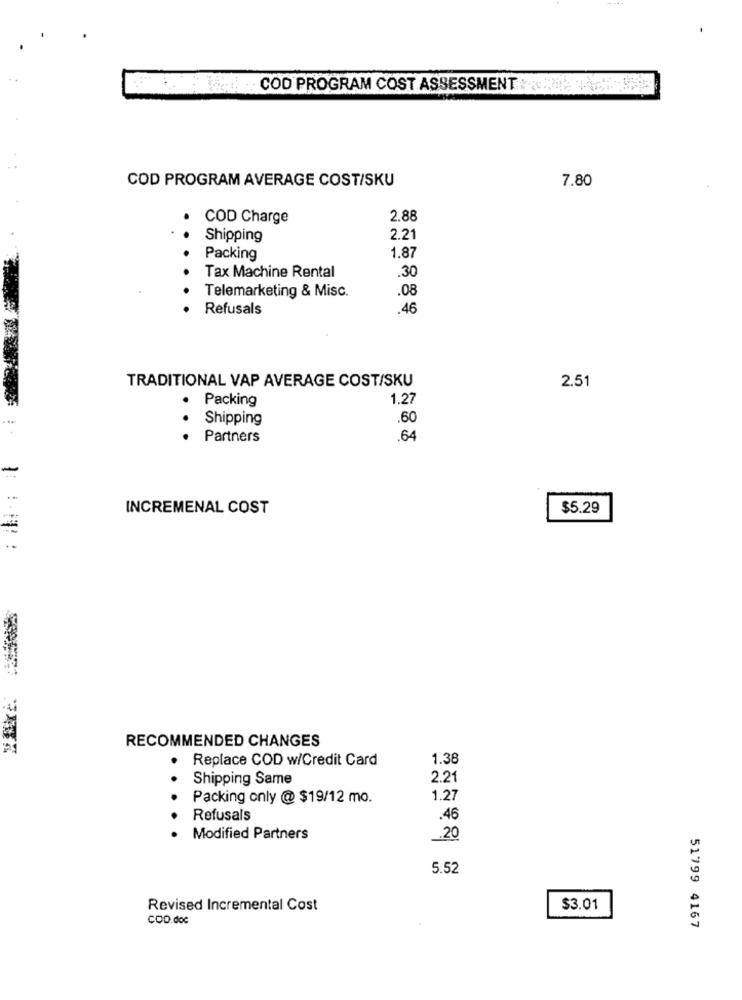
COD PROGRAM COST ASSESSMENT .
COD PROGRAM AVERAGE COST/SKU
7.80
COD Charge
2.88
Shipping
2.21
Packing
1.87
Tax Machine Rental
.30
Telemarketing & Misc.
.08
Refusals
.46
TRADITIONAL VAP AVERAGE COST/SKU
2.51
Packing
1.27
.
Shipping
.60
.
· Partners
.64
INCREMENAL COST
$5.29
RECOMMENDED CHANGES
Replace COD w/Credit Card
1.38
Shipping Same
2.21
Packing only @ $19/12 mo.
1.27
Refusals
.46
Modified Partners
.20
5.52
Revised Incremental Cost
$3.01
COD.doc
51799 4167